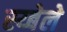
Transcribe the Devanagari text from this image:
स्य्बेले